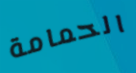
الحمامة